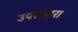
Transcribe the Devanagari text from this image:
उपसंहार।